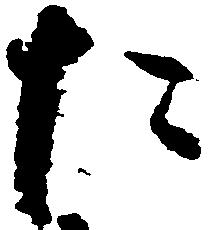
た